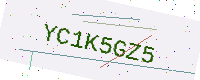
Text: YC1K5GZ5